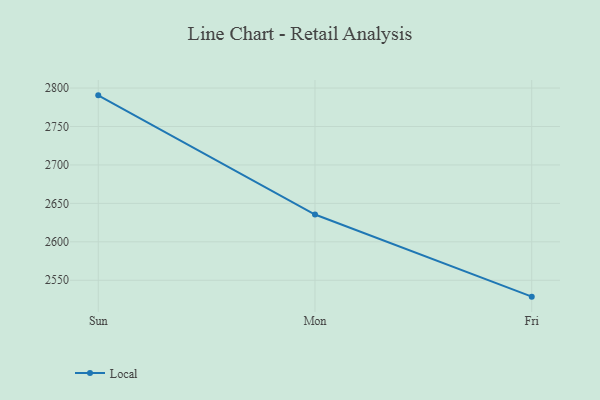
{"axis": {"x": "Day", "y": "Market Share (%)"}, "legend": ["Local"], "data": [{"x": "Sun", "y": 2790.5, "type": "Local"}, {"x": "Mon", "y": 2635.5, "type": "Local"}, {"x": "Fri", "y": 2528.7, "type": "Local"}]}